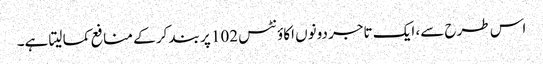
اس طرح سے، ایک تاجر دونوں اکاؤنٹس 102 پر بند کر کے منافع کما لیتا ہے۔